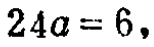
\(24a = 6,\)